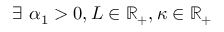
\exists \ \alpha _ { 1 } > 0 , L \in \mathbb { R } _ { + } , \kappa \in \mathbb { R } _ { + }